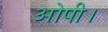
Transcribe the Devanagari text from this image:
ओपी।